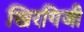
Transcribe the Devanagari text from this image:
खिरगिजी